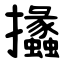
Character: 攭